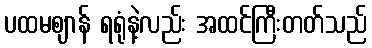
ပထမဈာန် ရရုံနဲ့လည်း အထင်ကြီးတတ်သည်